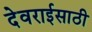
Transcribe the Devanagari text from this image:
देवराईसाठी